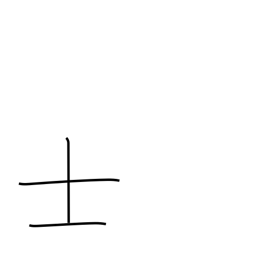
Meaning: gentleman